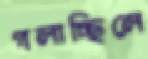
গলাচ্ছিলে